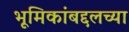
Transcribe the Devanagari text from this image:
भूमिकांबद्दलच्या